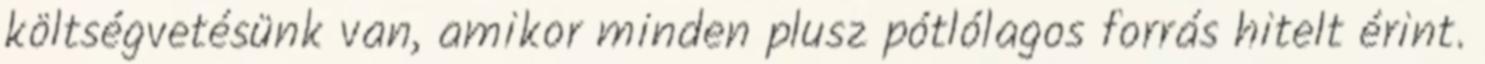
költségvetésünk van, amikor minden plusz pótlólagos forrás hitelt érint.